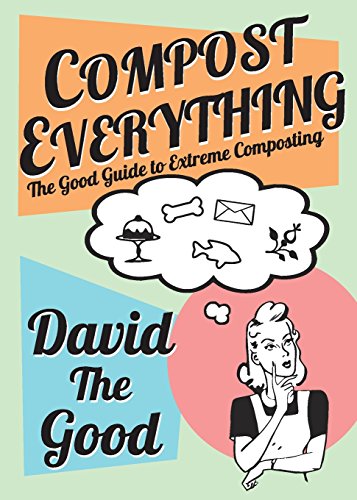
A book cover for Compost Everything: The Good Guide to Extreme Composting; David Goodman; Crafts, Hobbies & Home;